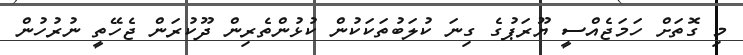
މި ގޮތަށް ހަމަޖެއްސީ ޔޫރަޕުގެ ގިނަ ކުލަބުތަކަކުން ކުޅުންތެރިން ދޫކުރަން ޖެހޭތީ ނުރުހުން